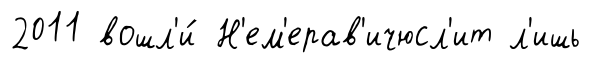
2011 вошл'и́ Н'ем'ерав'ичюсл'ит л'ишь